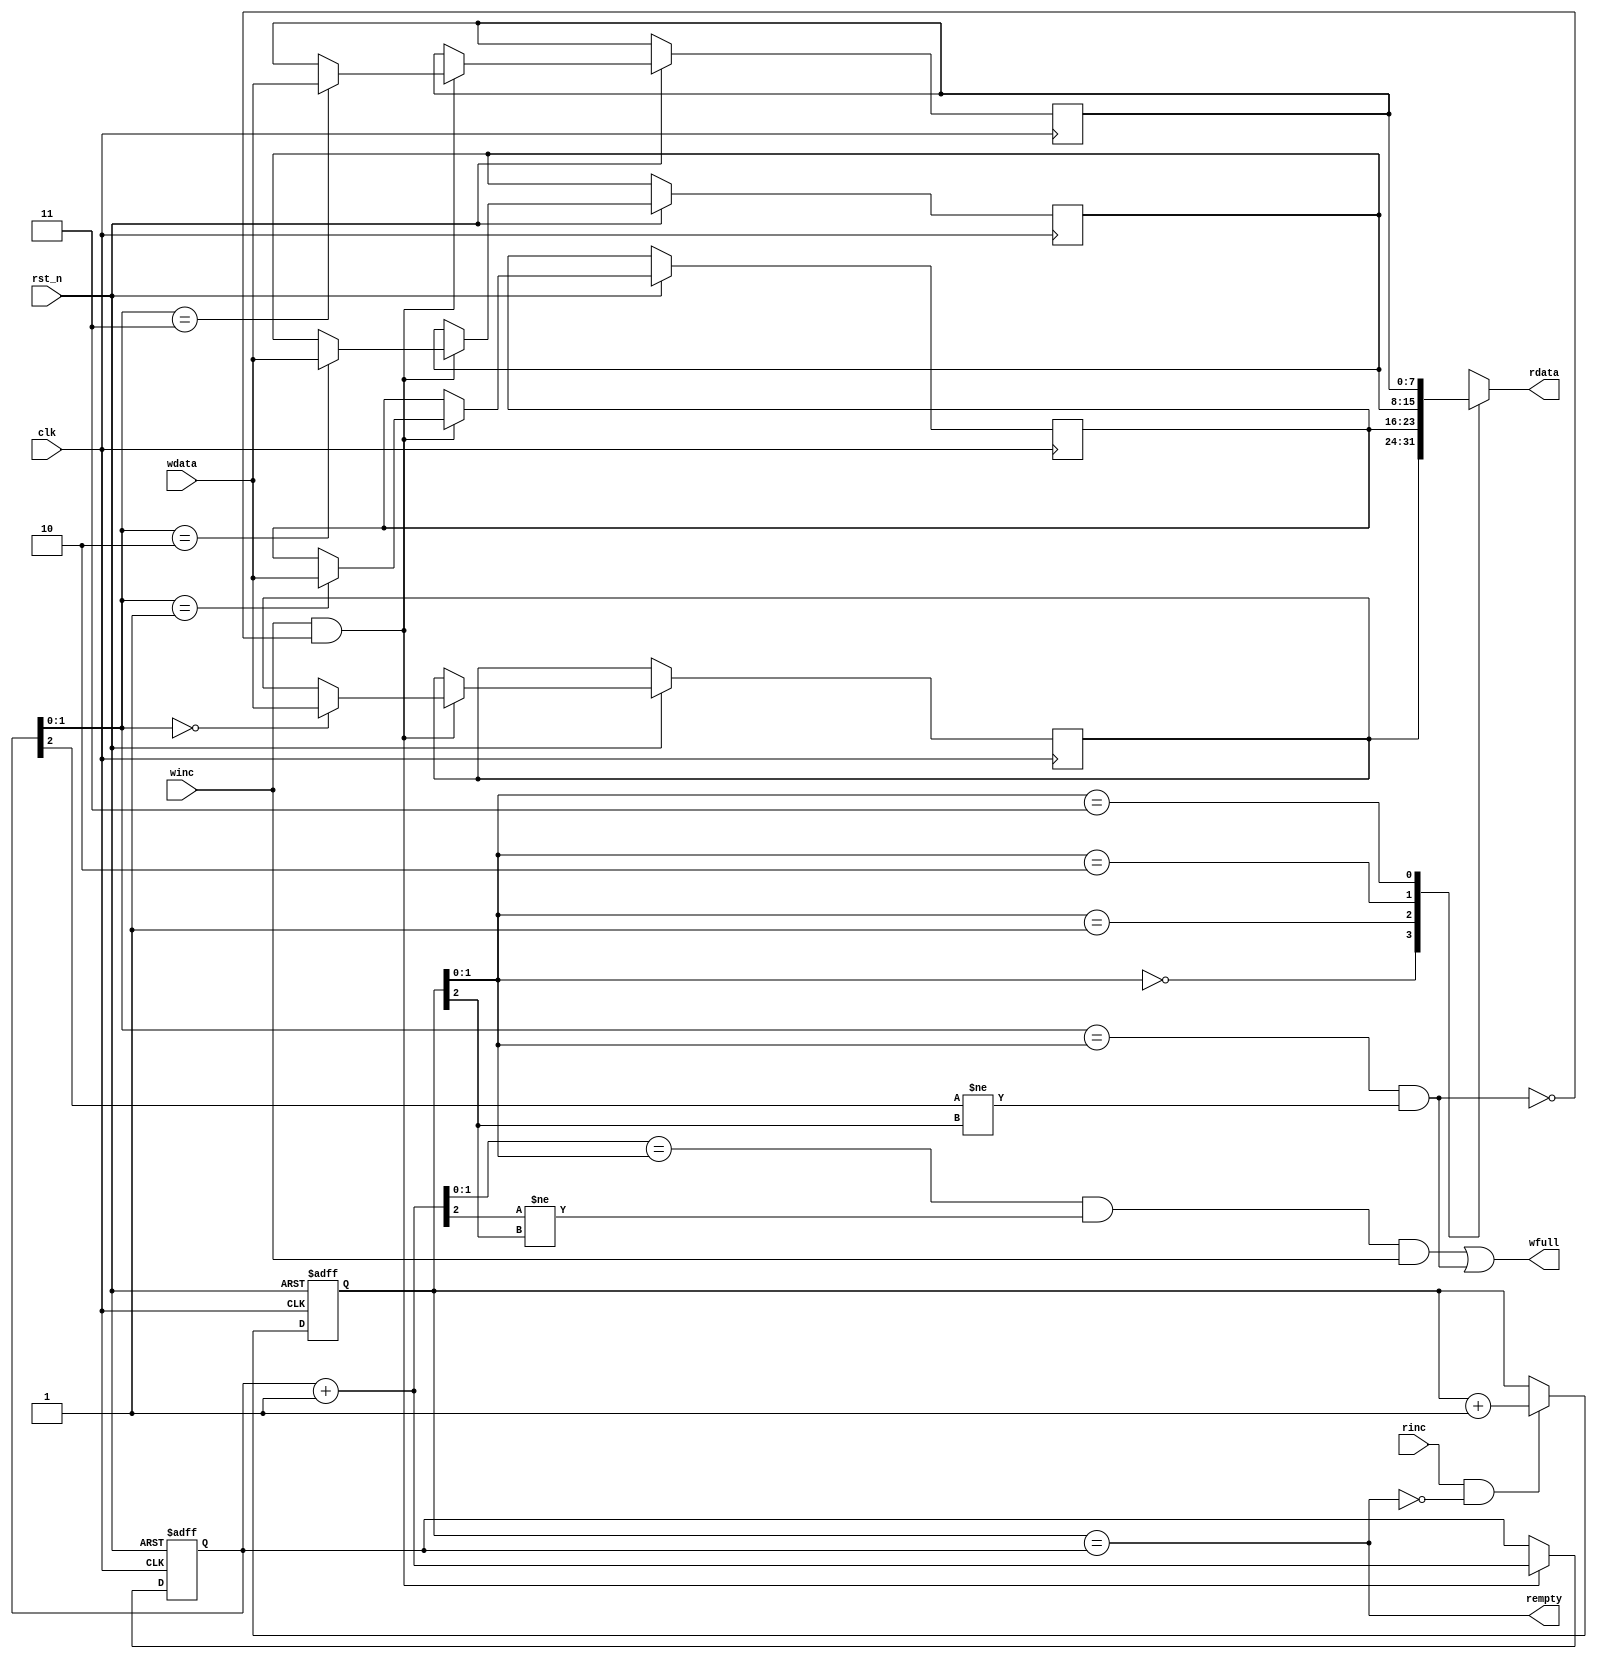
module SynFIFO (
	clk,
	rst_n,
	rdata, 
	wfull, 
	rempty, 
	wdata,
	winc, 
	rinc
	);
	
parameter DSIZE = 8;
parameter ASIZE = 2;
parameter MEMDEPTH = 1<<ASIZE;


output [DSIZE-1:0] rdata;
output wfull;
output rempty;

input [DSIZE-1:0] wdata;
input winc, rinc, clk, rst_n;

reg [ASIZE:0] wptr;
reg [ASIZE:0] rptr;
reg [DSIZE-1:0] ex_mem [0:MEMDEPTH-1];

wire wfull_r;
wire [ASIZE:0] wptr_1;

always @(posedge clk or negedge rst_n)
	if (!rst_n) wptr <= 0;
	else if (winc && !wfull_r) begin
		ex_mem[wptr[ASIZE-1:0]] <= wdata;
		wptr <= wptr+1;
	end


always @(posedge clk or negedge rst_n)
	if (!rst_n) rptr <= 0;
	else if (rinc && !rempty) rptr <= rptr+1;

assign wptr_1 = wptr + 1;	
assign rdata = ex_mem[rptr[ASIZE-1:0]];
assign rempty = (rptr == wptr);
assign wfull = ((wptr_1[ASIZE-1:0] == rptr[ASIZE-1:0]) && (wptr_1[ASIZE] != rptr[ASIZE]) && winc) || wfull_r;
assign wfull_r = (wptr[ASIZE-1:0] == rptr[ASIZE-1:0]) && (wptr[ASIZE] != rptr[ASIZE]);
endmodule